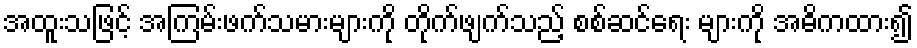
အထူးသဖြင့် အကြမ်းဖက်သမားများကို တိုက်ဖျက်သည့် စစ်ဆင်ရေး များကို အဓိကထား၍